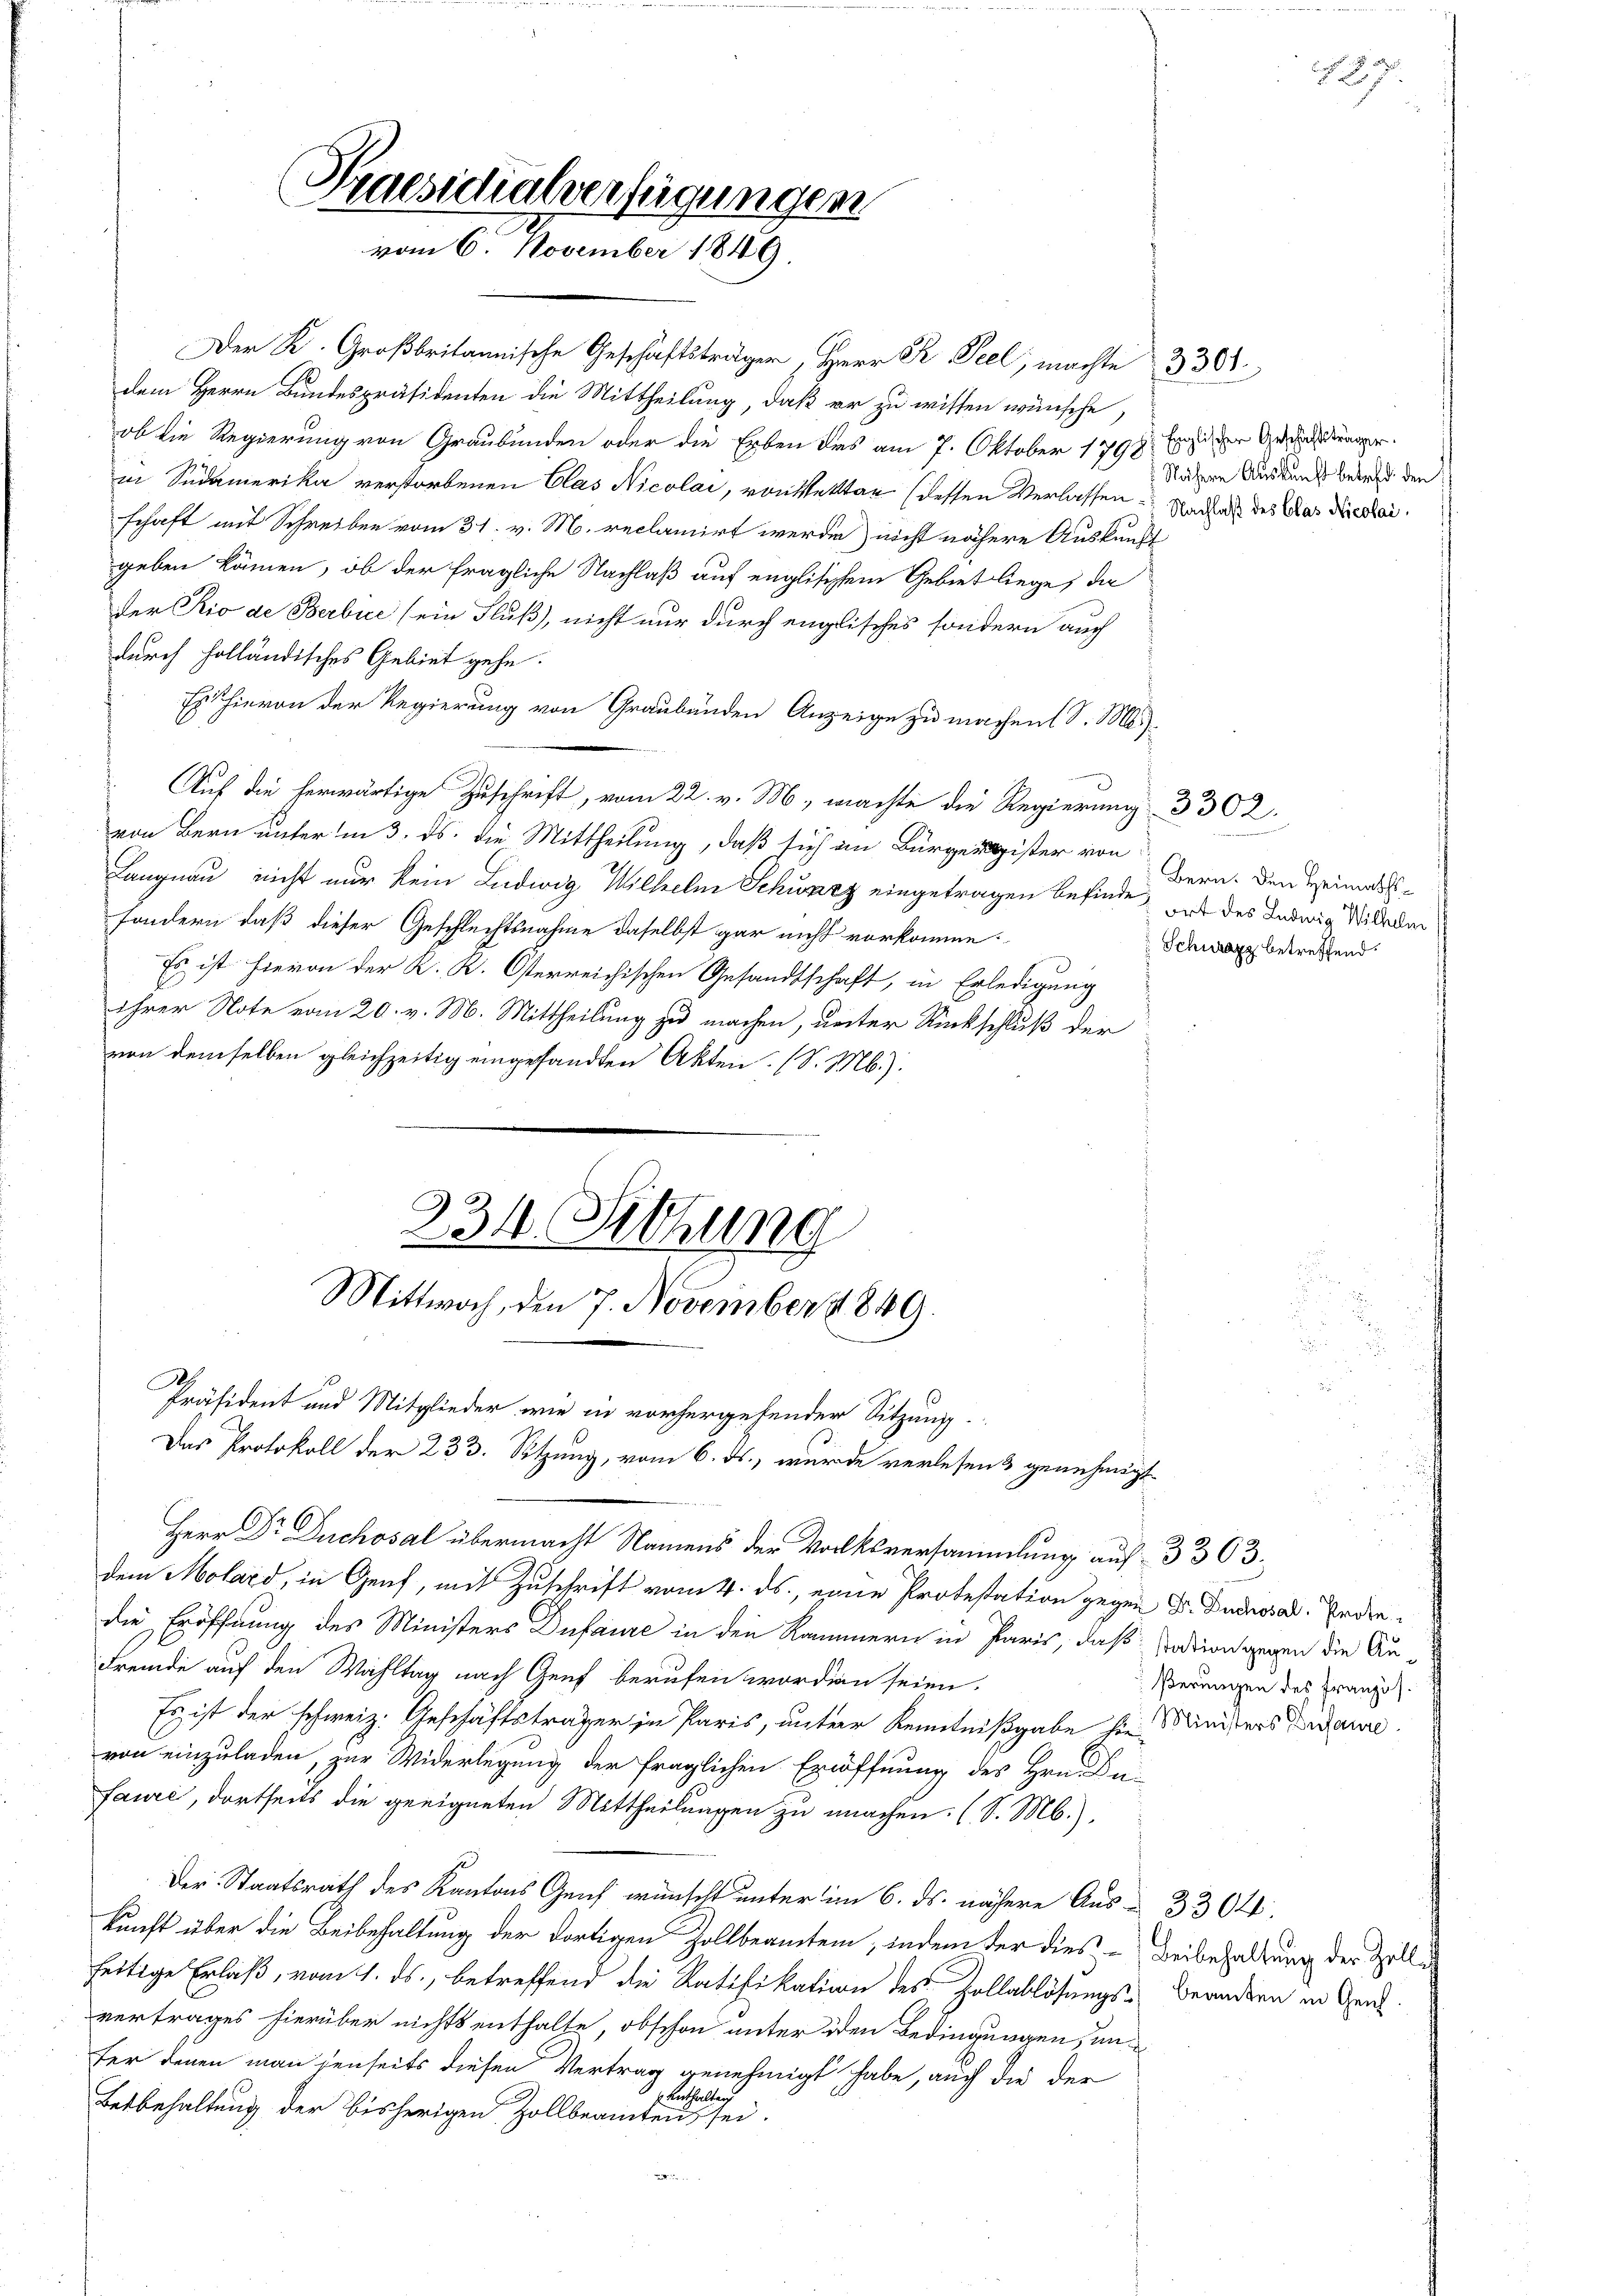
Praesidialverfügungen
vom 6. November 1849.

dem Herrn Bundespräsidenten die Mittheilung, daß er zu wissen wünsche
ob die Regierung von Graubünden oder die Erben des am 7. Oktober 1798. Er zu der Gesuchungen
in Südamerika verstorbenen Clas Nicolai, von Mettar (dessen Verlassen Nachah des Das Nicolai
schaft mit Schreiben vom 31. v. M. reclamirt werde nicht nähere Auskunft
geben können, ob der fragliche Nachlaß auf englischem Gebiet liege, da
der Rio de Berbie (ein Fluß, nicht nur durch englisches sondern auch
durch holländisches Gebiet gehe.
Es hievon der Regierung von Graubünden Anzeige zu machen S. M.
Auf die herwärtige Zuschrift, vom 22. v. M. machte die Regierung 3 302.
von Bern unter in 3. ds. die Mittheilung, daß sich im Bürgerister von
Langnau nicht nur kein Ludwig Wilhelm Schwarz eingetragen befinde, das des Ludwig Widere
sondern, daß dieser Geschlechtsnahme daselbst gar nicht vorkomme.
Es ist hievon der K. K. Osterreichischen Gesandtschaft, in Erledigung
ihrer Note vom 20. v. M. Mittheilung zu machen, unter Rückschluß der
von demselben gleichzeitig eingesandten Akten. (S. M.):

234. Setzung
Mittwoch, den 7. November 1849.

Der K. Großbritanische Geschäftsträger, Herr R. Teel, machte 3301

Herr Dr. Duchosal übermacht Namens der Volksversammlung auf 3 303.
die Eröffnung des Ministers Dufaure in den Kammern in Paris, daß dation gegen die Au¬
Fremde auf den Wahltag nach Genf berufen worden seien.
Es ist der schweiz. Geschäftsträger in Paris, unter Kenntnißgabe sie Ministers Erdaure
von einzuladen, zur Widerlegung der fraglichen Eröffnung des Hrn. Du
fauré, dortheils die geeigneten Mittheilungen zu machen. (S. M.),
Der Staatsrath des Kantons Genf wünscht unter im 6. ds. nähere Aus- 3364
kunft über die Beibehaltung der dortigen Zollbeamten, indem der dies - Beibehaltung der Zoll
seitige Erlaß, vom 1. ds., betreffend die Ratifikation des Zollablösungs-Beandern in Gen
vertrages hierüber nichts enthalte, obschon unter den Bedingungen, unfer denen man denseits diesen Vertrag genehmigt habe, auch die der
6 enthalten
Betbehaltung der bisherigen Zollbeamten sei.

Präsident und Mitglieder wie in vorhergehender Sitzung.
Das Protokoll der 233. Sitzung, vom 6. ds., wurde verlesend genehmigt

dem Molard, in Genf, mit Zuschrift vom 4. ds., eine Protestation gegen Dr. Duchoral. Erden¬

Nähere Auskunft betreff den

27.

Bern. Den Heimaths¬
Schwarz betreffend.

ßerungen des Französ.